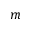
m